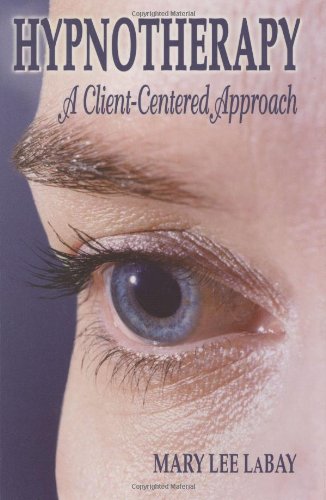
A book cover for Hypnotherapy: A Client-Centered Approach; Mary Lee LaBay; Health, Fitness & Dieting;